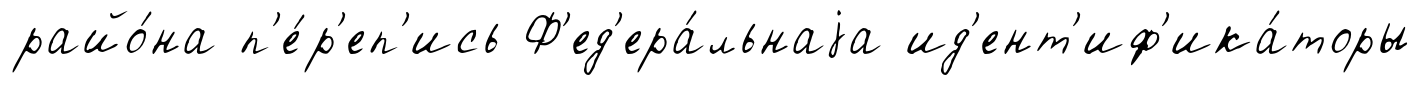
райо́на п'е́р'еп'ись Ф'ед'ера́льнаjа ид'ент'иф'ика́торы